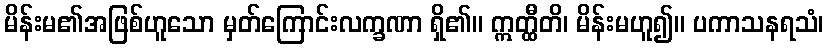
မိန်းမ၏အဖြစ်ဟူသော မှတ်ကြောင်းလက္ခဏာ ရှိ၏။ ဣတ္ထီတိ၊ မိန်းမဟူ၍။ ပကာသနရသံ၊